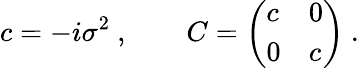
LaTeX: c=-i\sigma^{2}\ ,\qquad C=\left(\begin{array}{ll}{{c}}&{{0}}\\ {{0}}&{{c}}\end{array}\right)\ .